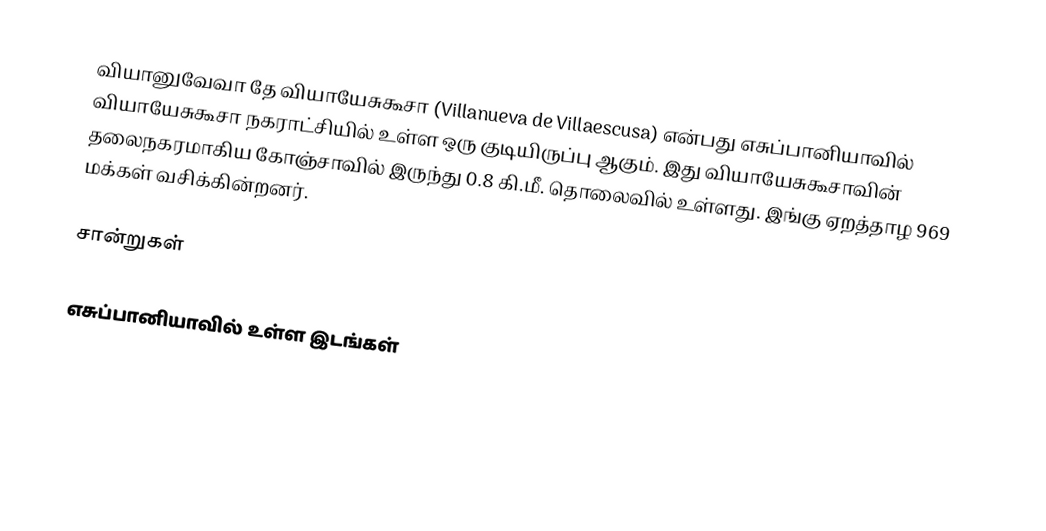
வியானுவேவா தே வியாயேசுகூசா (Villanueva de Villaescusa) என்பது எசுப்பானியாவில் வியாயேசுகூசா நகராட்சியில் உள்ள ஒரு குடியிருப்பு ஆகும். இது வியாயேசுகூசாவின் தலைநகரமாகிய கோஞ்சாவில் இருந்து 0.8 கி.மீ. தொலைவில் உள்ளது. இங்கு ஏறத்தாழ 969 மக்கள் வசிக்கின்றனர்.

சான்றுகள்

எசுப்பானியாவில் உள்ள இடங்கள்